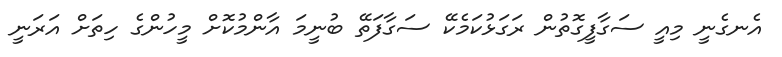
އެނގެނީ މިއީ ސަގާފީގޮތުން ރަގަޅުކަމެކޭ ސަގާފަތޭ ބުނީމަ އާންމުކޮށް މީހުންގެ ހިތަށް އަރަނީ